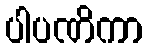
ပါပဏိကာ